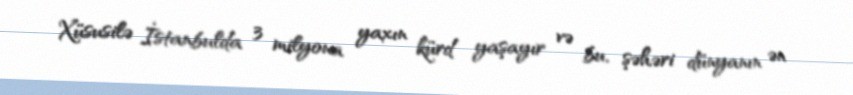
Xüsusilə İstanbulda 3 milyona yaxın kürd yaşayır və bu, şəhəri dünyanın ən